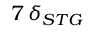
7 \, \delta _ { S T G }